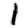
Digit: 1